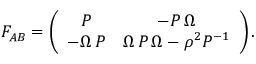
F _ { A B } = \left( \begin{array} { c c c } { { P } } & { { - P \, \Omega } } \\ { { - \Omega \, P } } & { { \Omega \, P \, \Omega - \rho ^ { 2 } P ^ { - 1 } } } \end{array} \right) .